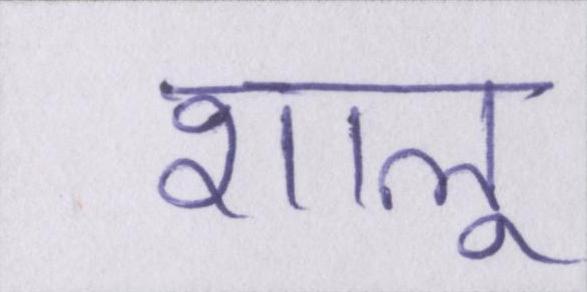
शालू